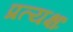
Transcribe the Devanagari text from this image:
प्रत्यक्षः